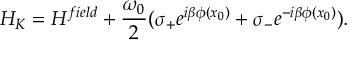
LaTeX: H _ { K } = H ^ { f i e l d } + \frac { \omega _ { 0 } } { 2 } ( \sigma _ { + } e ^ { i \beta \phi ( x _ { 0 } ) } + \sigma _ { - } e ^ { - i \beta \phi ( x _ { 0 } ) } ) .